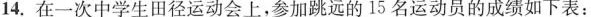
14.在一次中学生田径运动会上，参加跳远的15名运动员的成绩如下表：